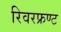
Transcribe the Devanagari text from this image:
रिवरफ्रण्ट